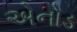
એનોડ